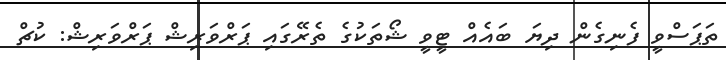
ތަޕަސްވީ ފެނިގެން ދިޔަ ބައެއް ޓީވީ ޝޯތަކުގެ ތެރޭގައި ޕަރްވަރިޝް ޕަރްވަރިޝް: ކުޗް